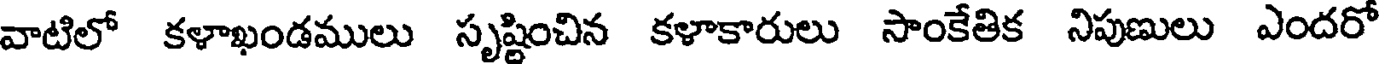
వాటిలో కళాఖండములు సృష్టించిన కళాకారులు సాంకేతిక నిపుణులు ఎందరో